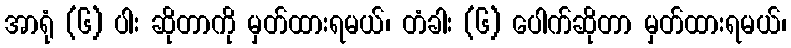
အာရုံ (၆) ပါး ဆိုတာကို မှတ်ထားရမယ်၊ တံခါး (၆) ပေါက်ဆိုတာ မှတ်ထားရမယ်၊